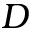
D